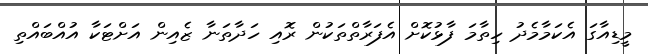
މީޑިއާގަ އެކަމާމެދު ހިތާމަ ފާޅުކޮށް އެފަރާތްތަކުން ރޮއި ހަދާތަނާ ޒެއިން އަށްޓަކާ އުއްބައްތި